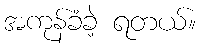
အကုန်ခံခဲ့ ရတယ်။